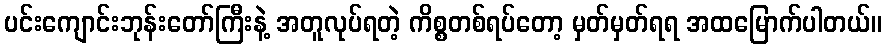
ပင်းကျောင်းဘုန်းတော်ကြီးနဲ့ အတူလုပ်ရတဲ့ ကိစ္စတစ်ရပ်တော့ မှတ်မှတ်ရရ အထမြောက်ပါတယ်။